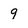
Character: 9